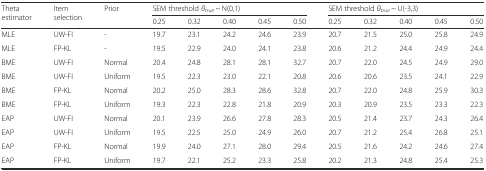
| <ROWSPAN=2> Theta estimator | <ROWSPAN=2> Item selection | <ROWSPAN=2> Prior | <COLSPAN=5> SEM threshold θtrue ~ N(0,1) | <COLSPAN=5> SEM threshold θtrue ~ U(-3,3) |
 | 0.25 | 0.32 | 0.40 | 0.45 | 0.50 | 0.25 | 0.32 | 0.40 | 0.45 | 0.50 |
 | --- | --- | --- | --- | --- | --- | --- | --- | --- | --- | --- | --- | --- |
 | MLE | UW-FI | - | 19.7 | 23.1 | 24.2 | 24.6 | 23.9 | 20.7 | 21.5 | 25.0 | 25.8 | 24.9 |
 | MLE | FP-KL | - | 19.5 | 22.9 | 24.0 | 24.1 | 23.8 | 20.6 | 21.2 | 24.4 | 24.9 | 24.4 |
 | BME | UW-FI | Normal | 20.4 | 24.8 | 28.1 | 28.1 | 32.7 | 20.7 | 22.0 | 24.5 | 24.9 | 29.0 |
 | BME | UW-FI | Uniform | 19.5 | 22.3 | 23.0 | 22.1 | 20.8 | 20.6 | 20.6 | 23.5 | 24.1 | 22.9 |
 | BME | FP-KL | Normal | 20.2 | 25.0 | 28.3 | 28.6 | 32.8 | 20.7 | 22.0 | 24.8 | 25.9 | 30.3 |
 | BME | FP-KL | Uniform | 19.3 | 22.3 | 22.8 | 21.8 | 20.9 | 20.3 | 20.9 | 23.5 | 23.3 | 22.3 |
 | EAP | UW-FI | Normal | 20.1 | 23.9 | 26.6 | 27.8 | 28.3 | 20.5 | 21.4 | 23.7 | 24.3 | 26.4 |
 | EAP | UW-FI | Uniform | 19.5 | 22.5 | 25.0 | 24.9 | 26.0 | 20.7 | 21.2 | 25.4 | 26.8 | 25.1 |
 | EAP | FP-KL | Normal | 19.9 | 24.0 | 27.1 | 28.0 | 29.4 | 20.5 | 21.6 | 24.2 | 24.6 | 27.4 |
 | EAP | FP-KL | Uniform | 19.7 | 22.1 | 25.2 | 23.3 | 25.8 | 20.2 | 21.3 | 24.8 | 25.4 | 25.3 |